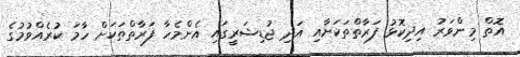
އޮތް މިންވަރު އިދިކޮޅު ފަރާތްތަކަށާއި އަދި ޖުޑިޝަރީގައި އެންމެހާ ފަރާތްތަކަށް ހާމަ ކުރެއްވުމުގެ